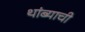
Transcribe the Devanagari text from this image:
थांब्याची